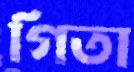
গিতা